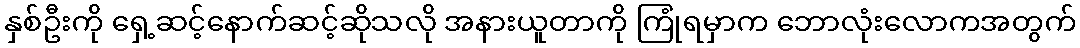
နှစ်ဦးကို ရှေ့ဆင့်နောက်ဆင့်ဆိုသလို အနားယူတာကို ကြုံရမှာက ဘောလုံးလောကအတွက်